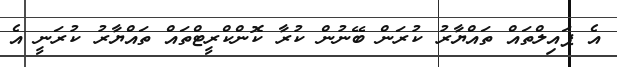
އެ ޕައިލްތައް ތައްޔާރު ކުރަން ބޭނުން ކުރާ ކޮންކްރީޓްތައް ތައްޔާރު ކުރަނީ އެ